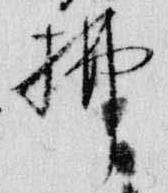
拂